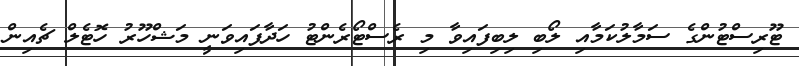
ޓޫރިސްޓުންގެ ސަމާލުކަމާއި ލޯބި ލިބިފައިވާ މި ރެސްޓޯރެންޓު ހަދާފައިވަނީ މަޝްހޫރު ހޮޓެލް ޗެއިން